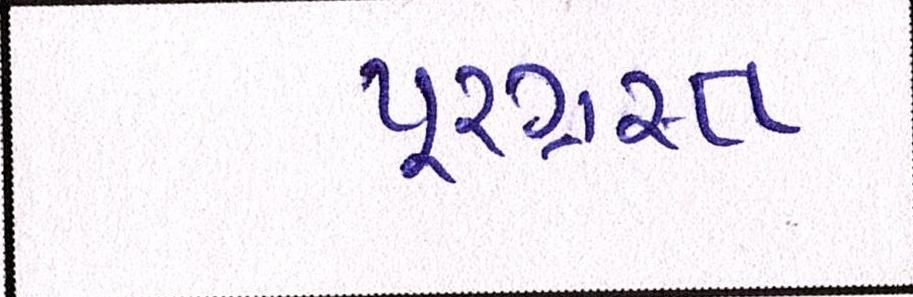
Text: પૂરગ્રસ્ત